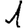
Digit: 1